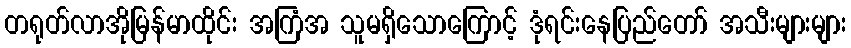
တရုတ်လာအိုမြန်မာထိုင်း အကြံအ သူမရှိသောကြောင့် ဒုံရင်းနေပြည်တော် အသီးများများ